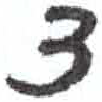
אות: צ